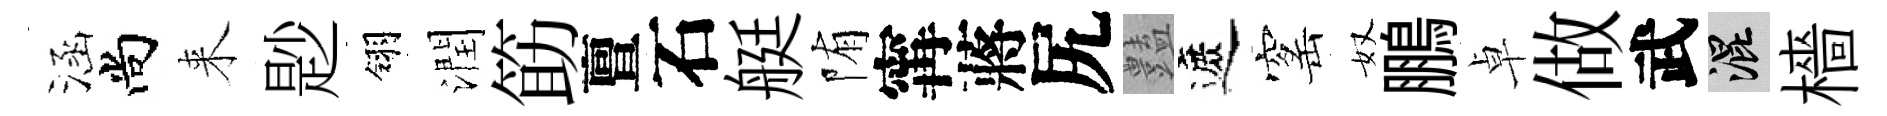
涵尚来尟翎潤筯亶石艇陏𡩋蔣尻𧰟遮窰奴鵬卓做武混檣